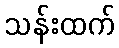
သန်းထက်